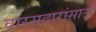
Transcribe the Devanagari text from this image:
वारसदारांसाठी